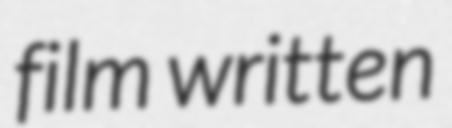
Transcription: film written